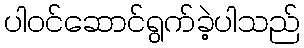
ပါဝင်ဆောင်ရွက်ခဲ့ပါသည်